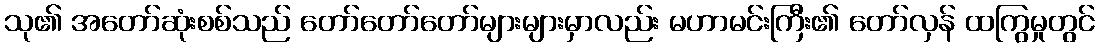
သု၏ အတော်ဆုံးစစ်သည် တော်တော်တော်များများမှာလည်း မဟာမင်းကြီး၏ တော်လှန် ထကြွမှုတွင်